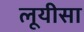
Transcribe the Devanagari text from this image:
लूयीसा